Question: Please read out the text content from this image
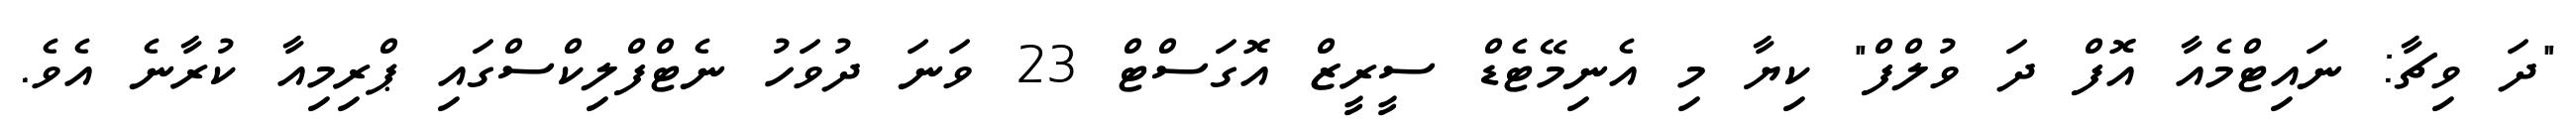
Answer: "ދަ ވިޗާ: ނައިޓްމެއާ އޮފް ދަ ވުލްފް" ކިޔާ މި އެނިމޭޓެޑް ސީރީޒް އޮގަސްޓް 23 ވަނަ ދުވަހު ނެޓްފްލިކްސްގައި ޕްރިމިއާ ކުރާނެ އެވެ.